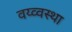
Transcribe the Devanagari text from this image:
वय्व्वस्था